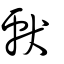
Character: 獻